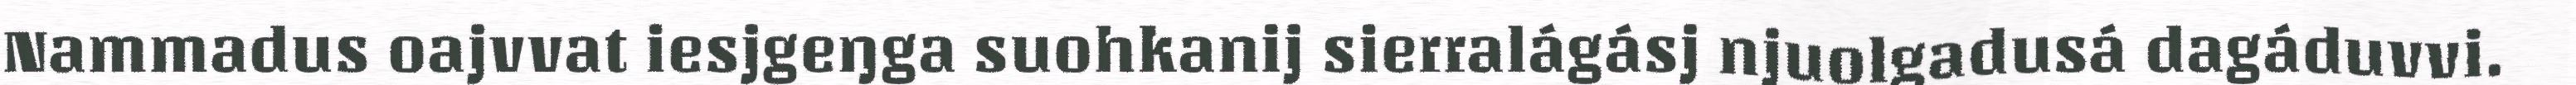
Nammadus oajvvat iesjgeŋga suohkanij sierralágásj njuolgadusá dagáduvvi.